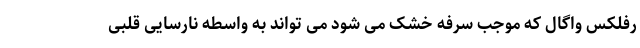
رفلکس واگال که موجب سرفه خشک می شود می تواند به واسطه نارسایی قلبی